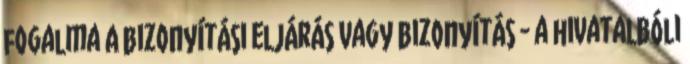
fogalma A bizonyítási eljárás vagy bizonyítás - a hivatalbóli